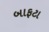
બાફટા